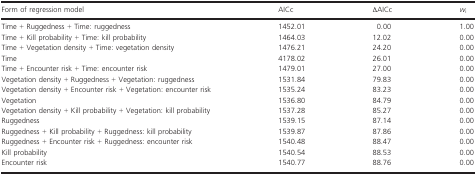
| Form of regression model | AICc | ∆AICc | wi |
 | --- | --- | --- | --- |
 | Time + Ruggedness + Time: ruggedness | 1452.01 | 0.00 | 1.00 |
 | Time + Kill probability + Time: kill probability | 1464.03 | 12.02 | 0.00 |
 | Time + Vegetation density + Time: vegetation density | 1476.21 | 24.20 | 0.00 |
 | Time | 4178.02 | 26.01 | 0.00 |
 | Time + Encounter risk + Time: encounter risk | 1479.01 | 27.00 | 0.00 |
 | Vegetation density + Ruggedness + Vegetation: ruggedness | 1531.84 | 79.83 | 0.00 |
 | Vegetation density + Encounter risk + Vegetation: encounter risk | 1535.24 | 83.23 | 0.00 |
 | Vegetation | 1536.80 | 84.79 | 0.00 |
 | Vegetation density + Kill probability + Vegetation: kill probability | 1537.28 | 85.27 | 0.00 |
 | Ruggedness | 1539.15 | 87.14 | 0.00 |
 | Ruggedness + Kill probability + Ruggedness: kill probability | 1539.87 | 87.86 | 0.00 |
 | Ruggedness + Encounter risk + Ruggedness: encounter risk | 1540.48 | 88.47 | 0.00 |
 | Kill probability | 1540.54 | 88.53 | 0.00 |
 | Encounter risk | 1540.77 | 88.76 | 0.00 |